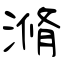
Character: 滫